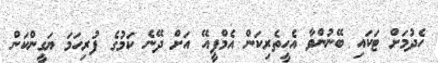
ހެދުމަށް ޓަކައި ބޭނުންވާ އެހީތެރިކަން އެމްޕީއޭ އަށް ދޭނެ ކަމުގެ ފުރިހަމަ ޔަގީންކަން